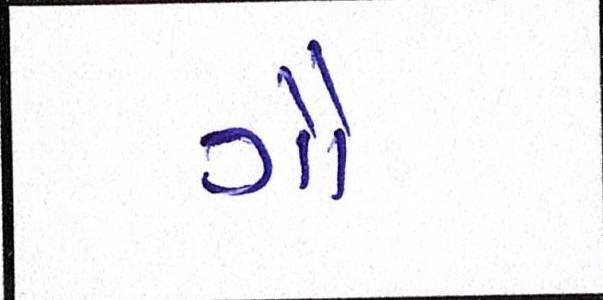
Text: ગૌ